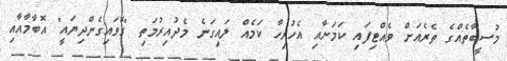
މުސީބާތެއްގެ ތެރެއަށް ވެއްޓިފައި ކަމަށާއި އެހުރިހާ ކަމެއް ލައިގަނެ މެދުއިރުމަތި "ގޮވައިގެންދިޔައީ" އޮބާމާއާއި